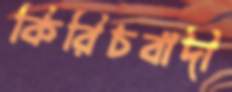
কিরিচবাদী